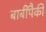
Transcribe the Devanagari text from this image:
बाबींपैकी